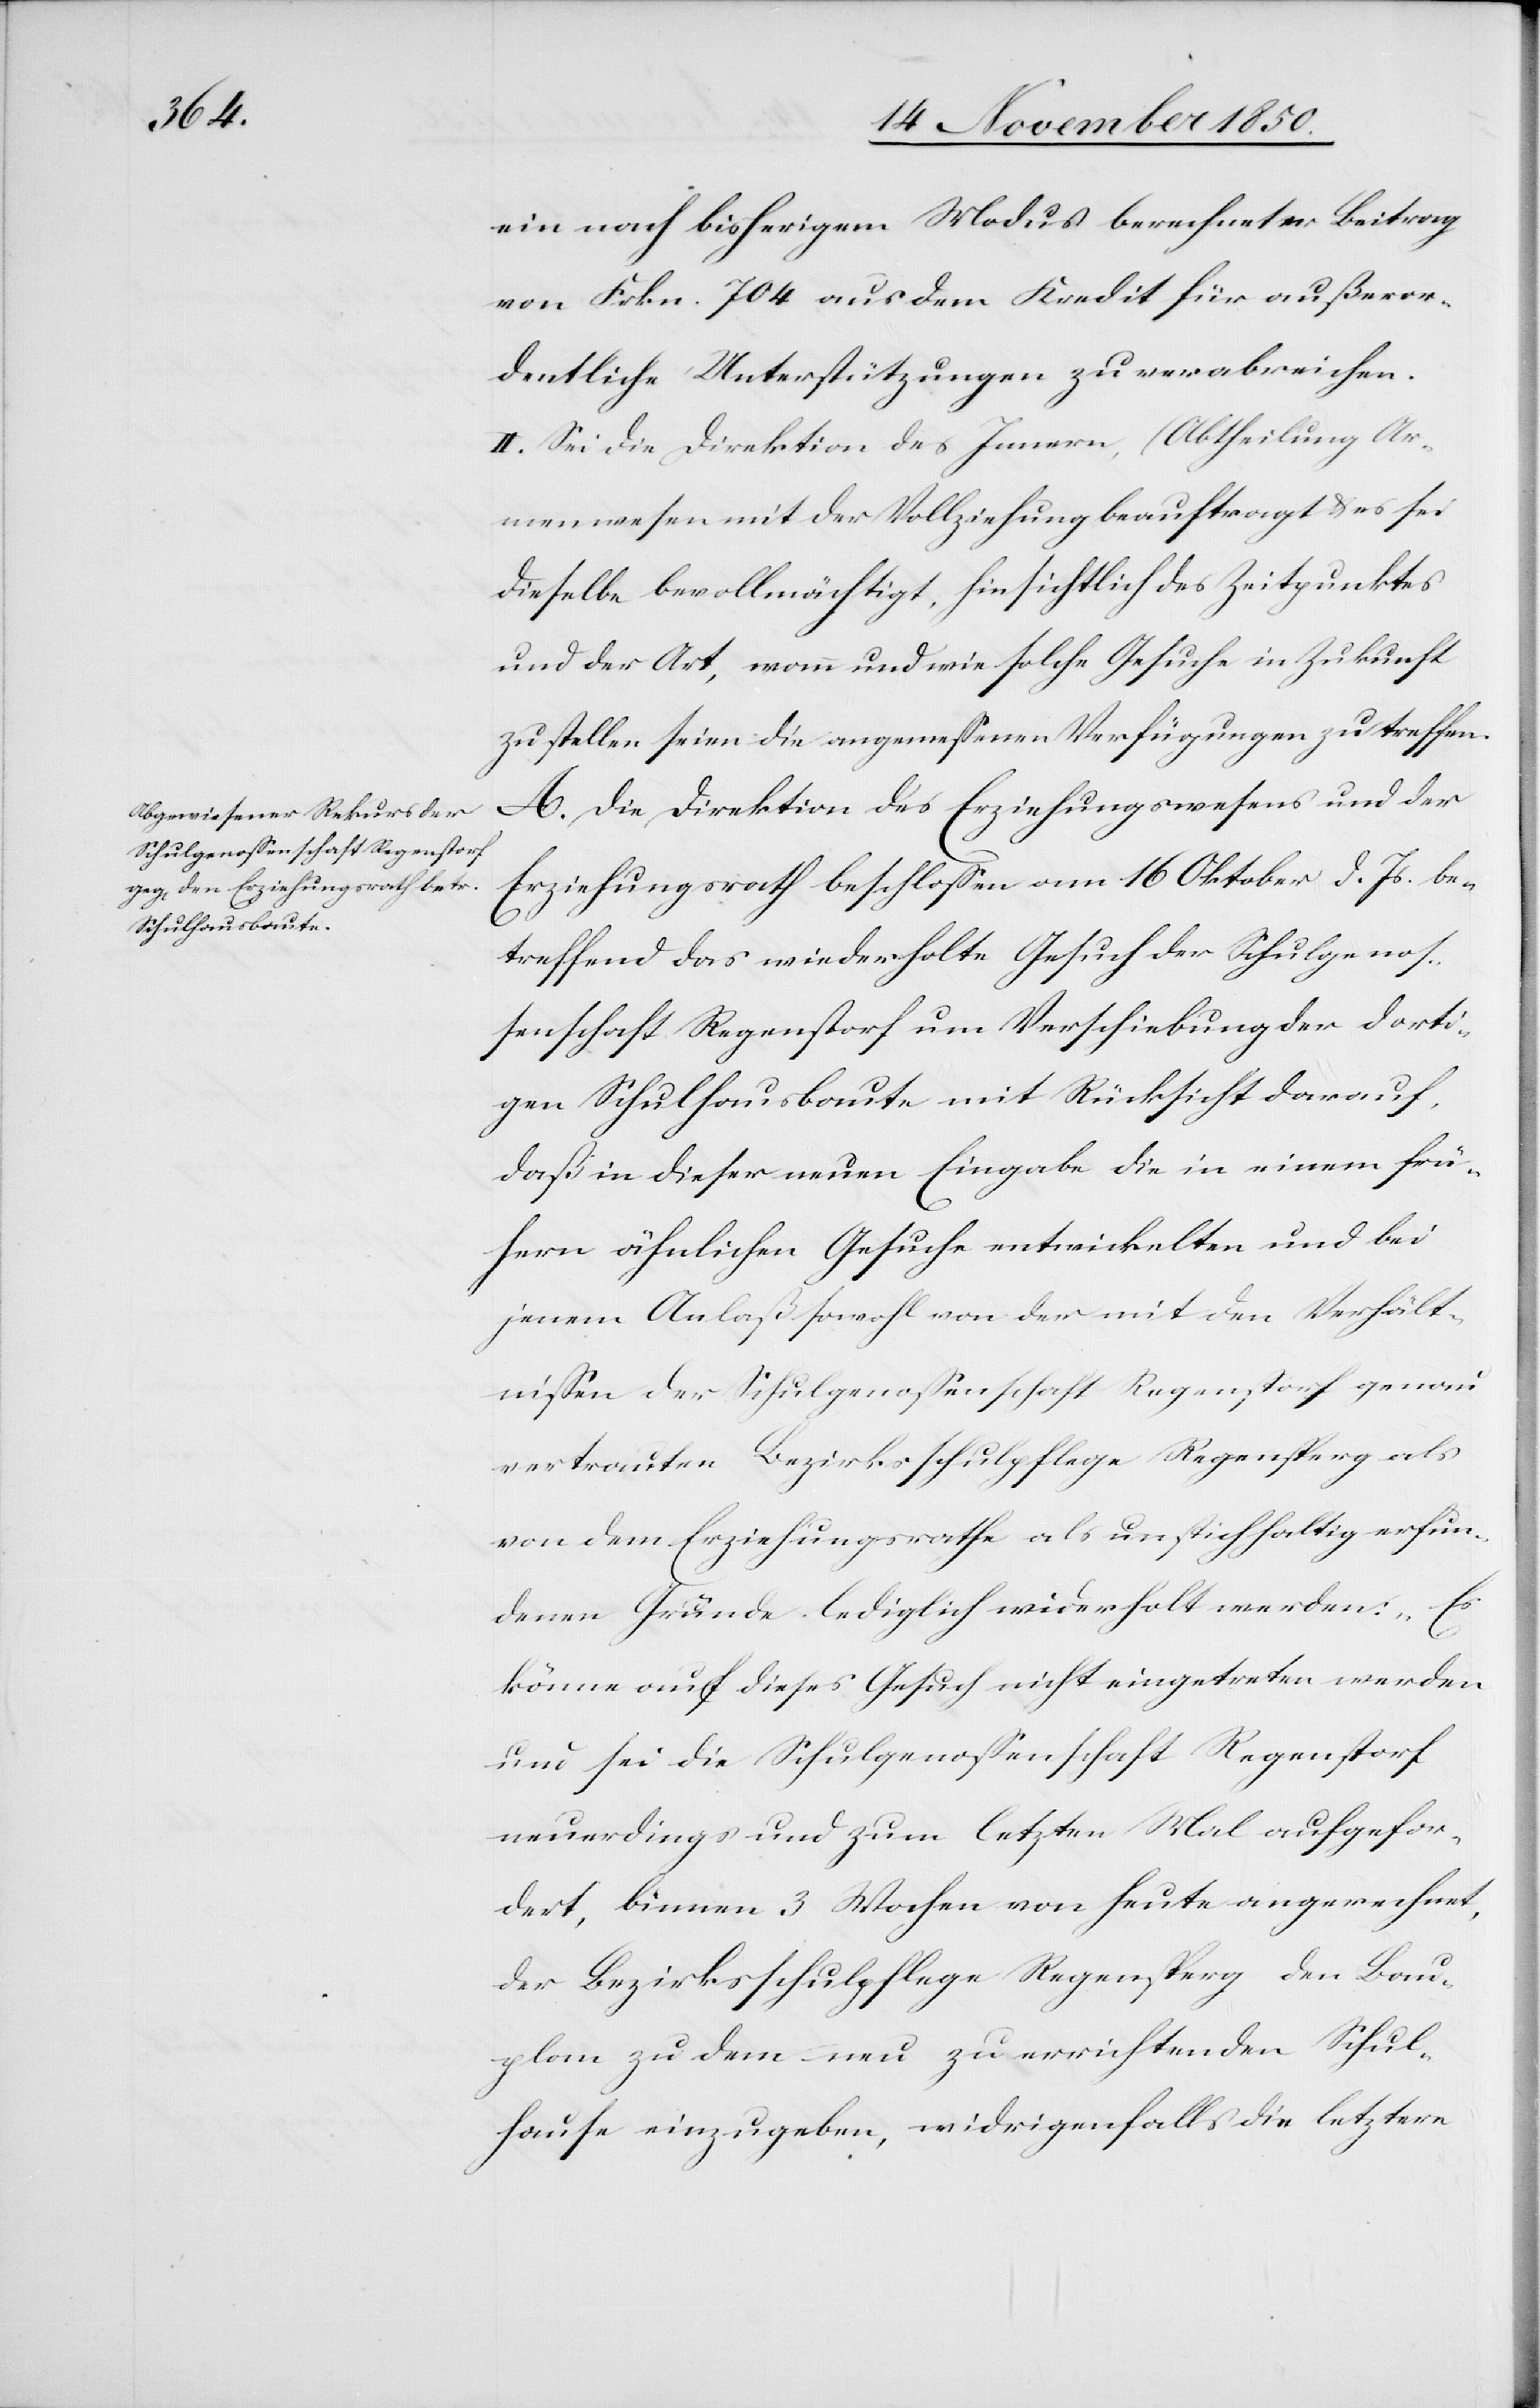
ein nach bisherigem Modus berechneter Beitrag
von Frkn. 704 aus dem Kredit für außeror¬
dentliche Unterstützungen zu verabreichen.
II. Sei die Direktion des Innern, (Abtheilung Ar¬
menwesen[)] mit der Vollziehung beauftragt u. es sei
dieselbe bevollmächtigt, hinsichtlich des Zeitpunktes
und der Art, wann und wie solche Gesuche in Zukunft
zu stellen seien die angemessenen Verfügungen zu treffen.